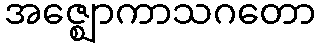
အဇ္ဈောကာသဂတော